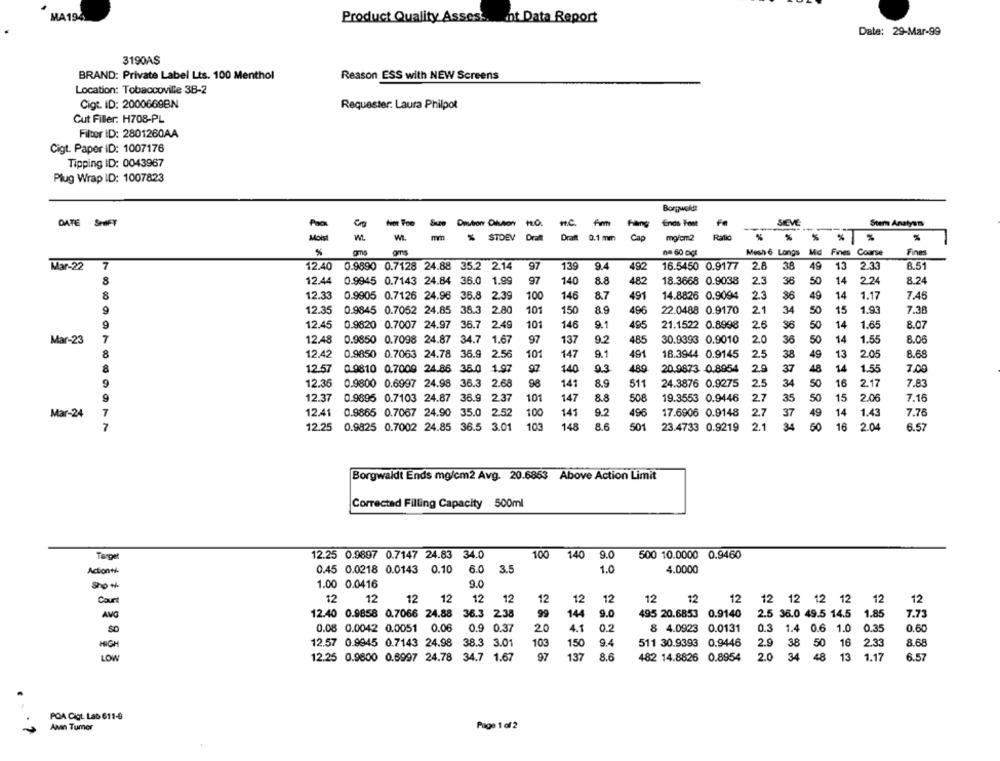
MA194
Product Quality Assess. ot Data Report
Date: 29-Mar-99
3190AS
BRAND: Private Label Lts. 100 Menthol
Reason ESS with NEW Screens
Location: Tobaccoville 3B-2
Cigt. ID: 2000669BN
Requester: Laura Philpot
Cut Filler: H708-PL
Filter ID: 2801260AA
Cigt. Paper ID: 1007176
Tipping ID: 0043967
Plug Wrap ID: 1007823
Borgvold
DATE SHIFT
Not Too
Sue Deution Dilution
no.
Hang
Ends Font
Fe
SIEVE
Stern Analysm
Mois
% STDEV
Draft 0.1 mm
Cap
mg/cm2
n= 60 cicl
Mesh 6 Longs Md Fines Course
Fines
Mar-22
7
12.40
0.9890 0.7128 24.88 35.2 2.14
97
139
9.4
492
16.5450 0.9177
2.8
38
49
13 2.33
8.51
8
12.44
0.9945 0.7143 24.84 36.0 1.99
97
140
8.8
482
18.3668 0.9038
2.3
38
50
14
2.24
8.24
8
12.33
0.9905 0.7126 24.96 36.8
2.39
100
145
8.7
491
14.8826 0.9094
2.3
36
49
14
1.17
7.46
12.35
0.9845 0.7052 24.85 38.3 2.80
101
150
8.9
496
22.0488 0.9170
21
34
50
15
1.93
7.38
12.45
0.9820 0.7007 24.97 36.7 2.49
101
146
9.1
495
21.1522 0.8998
26
36
50
14
1.65
8.07
Mar-23
7
12.48
0.9850 0.7098 24.87 34.7 1.67
97
137
9.2
485
30.9393 0.9010
2.0
36
50
14
1.55
8.06
8
12.42
0.9850 0.7063 24.78 36.9 2.56
101
147
9.1
491
18.3944 0.9145
2.5
38
49
13
2.05
8.68
8
12.57
0 9810 0.7009 24.86 36.0 1.97
97
140
2.3
480
20.9873 0.8954
29
37
48
14
1.55
7.00
9
12.35
0.9800 0.6997 24.98 36.3 2.68
98
141
8.9
511
24.3876 0.9275
2.5
34
50
16
2.17
7.83
101
27
35
50
15
12.37
0.9895 0.7103 24.87 36.9
2.37
147
8.8
508
19.3553 0.9446
2.06
7.16
7
12.41
100
141
9.2
496
2.7
37
49
14
1.43
7.76
Mar-24
0.9865 0.7067 24.90 35.0 2.52
17.6906 0.9148
7
12.25
0.9825 0.7002 24.85 36.5 3.01
103
148
8.6
501
23.4733 0.9219
2.1
34
50
16
2.04
6.57
Borgwaldt Ends mg/cm2 Avg. 20.6853 Above Action Limit
Corrected Filling Capacity 500ml
Target
12.25 0.9897 0.7147 24.83 34.0
100
140
9.0
500 10.0000 0.9460
Adonné
0.45 0.0218 0.0143 0.10
6.0
3.5
1.0
4.0000
1.00 0.0416
9.0
Con
12
12
12
12
12
12
12
12
12
12
12
12
12 12 12 12
12
12
AVG
12.40 0.9858 0.7066 24.88
36.3 2.38
99
144
9.0
495 20.6853 0.9140
2.5 36.0 49.5 14.5
1.85
7.73
SO
0.08 0.0042 0.0051
0.08
0.9 0.37
20
4.1
0.2
8 4.0923
0.0131
0.3
1.4 0.6 1.0
0.35
0.60
HIGH
12.57 0.9945 0.7143 24.98
38.3 3.01
103
150
9.4
511 30.9393 0.9446
2.9 38 50 16
2.33
8.68
LOW
12.25 0.9800 0.6997 24.78
34.7 1.67
97
137
8.6
482 14.8826 0.8954
2.0
34 48
13 1.17
6.57
POA Cigt. Lab 611-9
AMin Tumer
Page 1 of 2